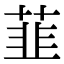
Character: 韮